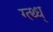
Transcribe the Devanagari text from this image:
ग्त्थ्ध्